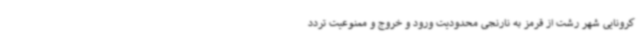
کرونایی شهر رشت از قرمز به نارنجی محدودیت ورود و خروج و ممنوعیت تردد